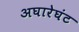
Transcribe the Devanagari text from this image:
अघारेघंट